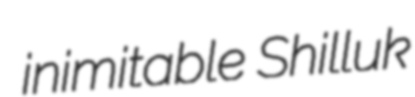
inimitable Shilluk